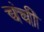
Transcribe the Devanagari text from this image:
चंची